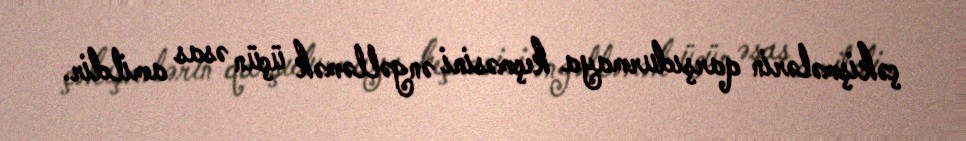
çəkişmələrin qarşıdurmaya keçməsini əngəlləmək üçün əsas amildir.